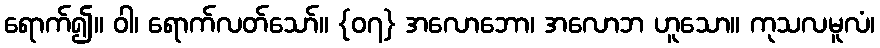
ရောက်၍။ ဝါ၊ ရောက်လတ်သော်။ {၀၇} အလောဘော၊ အလောဘ ဟူသော။ ကုသလမူလံ၊